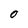
Character: O